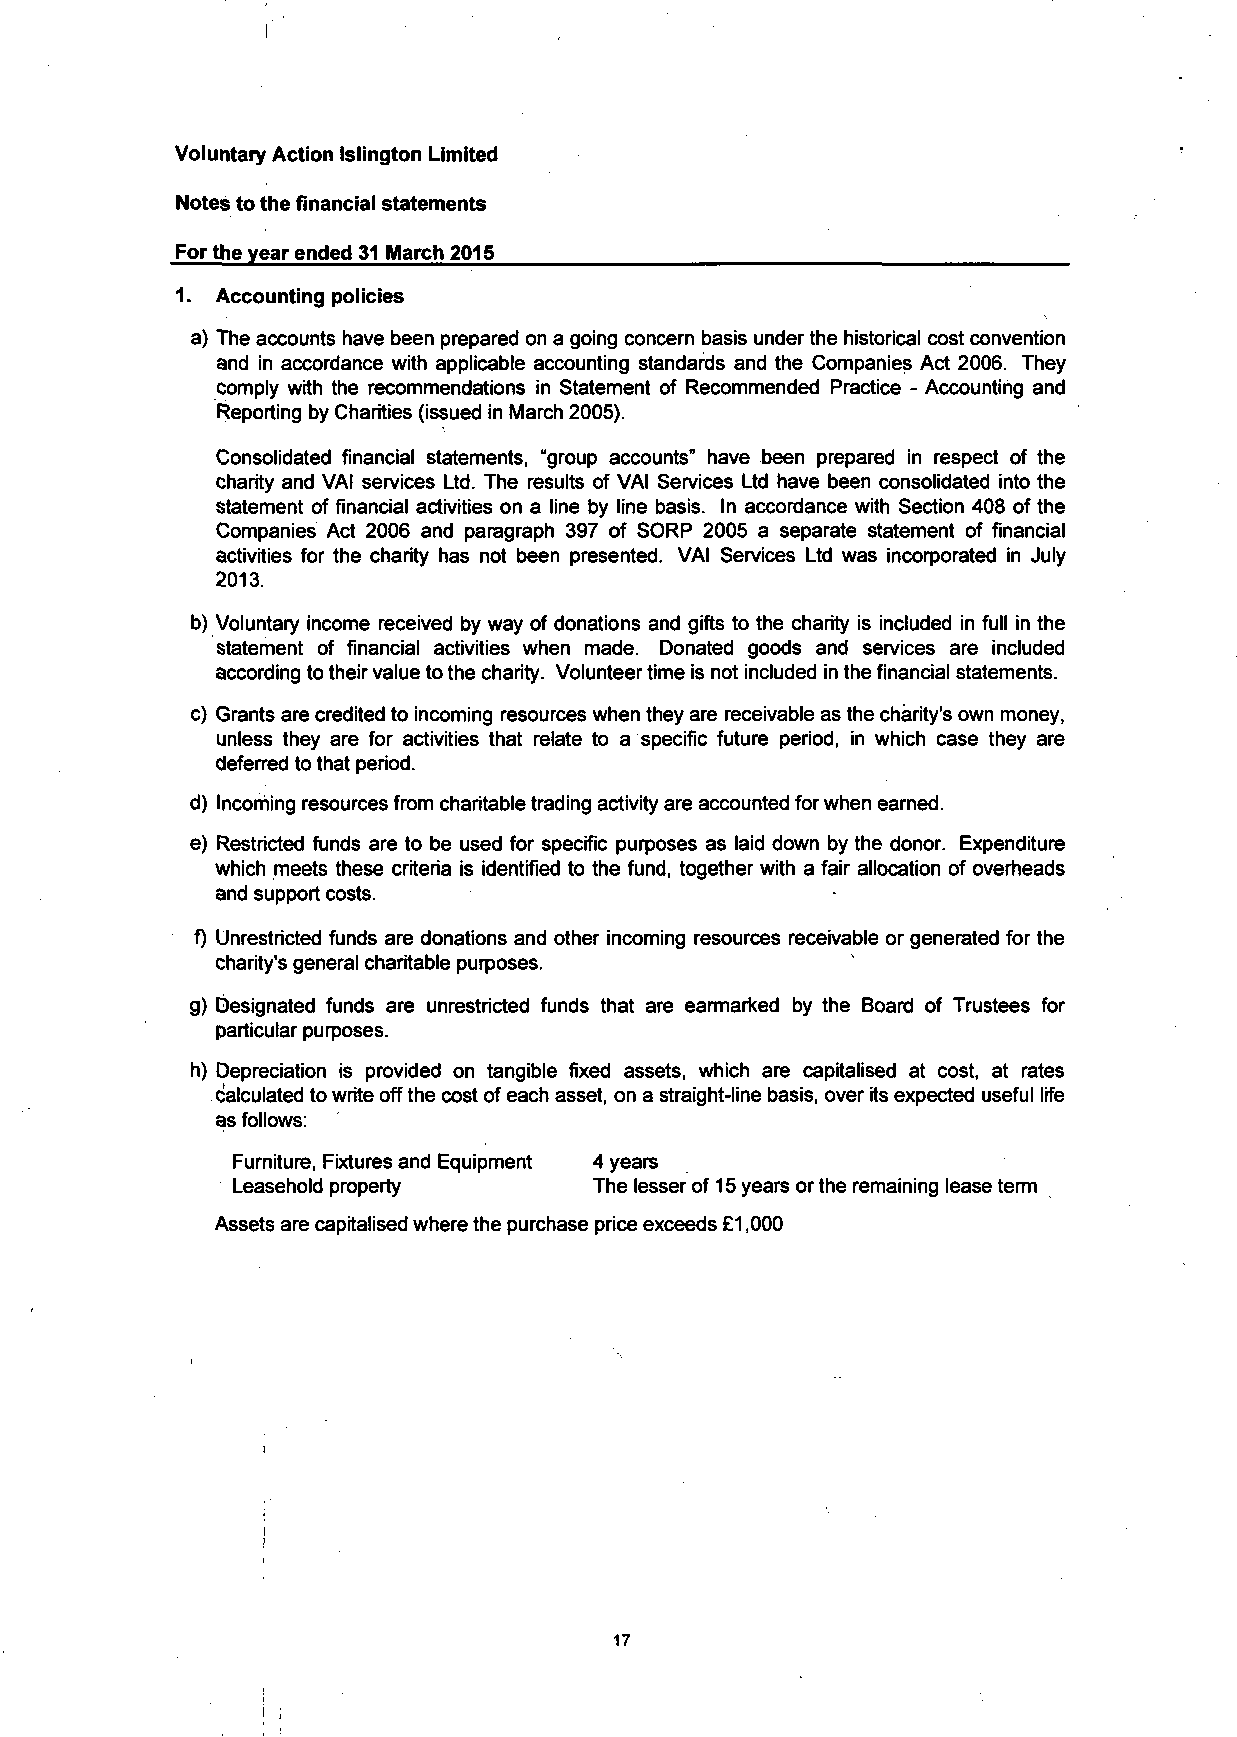
I
 Voluntary Action Islington Limited
 Notes to the financial statements
 For the year ended 31 March 2015
 1. Accounting policies
 a) The accounts have been prepared on a going concern basis under the historical cost convention
 and in accordance with applicable accounting standards and the Companies Act 2006. They
 comply with the recommendations in Statement of Recommended Practice - Accounting and
 Reporting by Charities (issued in March 2005).
 Consolidated financial statements, "group accounts" have been prepared in respect of the
 charity and VAI services Ltd. The results of VAI Services Ltd have been consolidated into the
 statement of financial activities on a line by line basis. In accordance with Section 408 of the
 Companies Act 2006 and paragraph 397 of SORP 2005 a separate statement of financial
 activities for the charity has not been presented. VAI Services Ltd was incorporated in July
 2013.
 b) Voluntary income received by way of donations and gifts to the charity is included in full in the
 statement of financial activities when made. Donated goods and services are included
 according to their value to the charity. Volunteer time is not included in the financial statements.
 c) Grants are credited to incoming resources when they are receivable as the charity's own money,
 unless they are for activities that relate to a specific future period, in which case they are
 deferred to that period.
 d) Incoming resources from charitable trading activity are accounted for when earned.
 e) Restricted funds are to be used for specific purposes as laid down by the donor. Expenditure
 which meets these criteria is identified to the fund, together with a fair allocation of overheads
 and support costs.
 f) Unrestricted funds are donations and other incoming resources receivable or generated for the
 charity's general charitable purposes.
 g) Designated funds are unrestricted funds that are earmarked by the Board of Trustees for
 particular purposes.
 h) Depreciation is provided on tangible fixed assets, which are capitalised at cost, at rates
 calculated to write off the cost of each asset, on a straight-line basis, over its expected useful life
 as follows:
 Furniture, Fixtures and Equipment 4 years
 Leasehold property      The lesser of 15 years or the remaining lease term
 Assets are capitalised where the purchase price exceeds £1,000
 i
 17